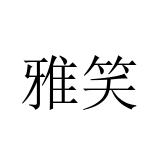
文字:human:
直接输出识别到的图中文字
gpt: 雅笑